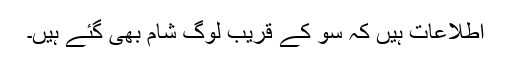
اطلاعات ہیں کہ سو کے قریب لوگ شام بھی گئے ہیں۔